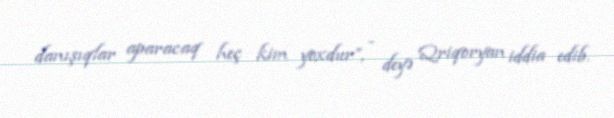
danışıqlar aparacaq heç kim yoxdur”, - deyə Qriqoryan iddia edib.